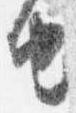
由